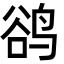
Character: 鹆